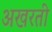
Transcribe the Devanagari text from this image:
अखरती